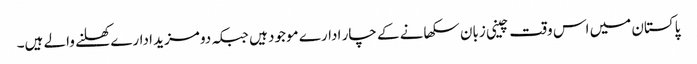
پاکستان میں اس وقت چینی زبان سکھانے کے چار ادارے موجود ہیں جبکہ دو مزید ادارے کھلنے والے ہیں۔